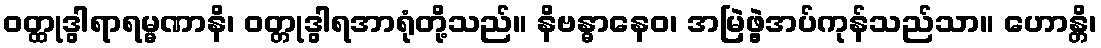
ဝတ္ထုဒွါရာရမ္မဏာနိ၊ ဝတ္တုဒွါရအာရုံတို့သည်။ နိဗန္ဓာနေဝ၊ အမြဲဖွဲ့အပ်ကုန်သည်သာ။ ဟောန္တိ၊